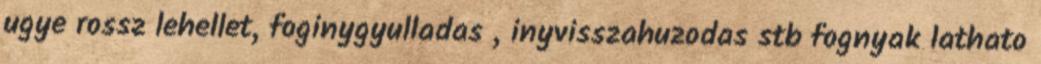
ugye rossz lehellet, foginygyulladas , inyvisszahuzodas stb fognyak lathato